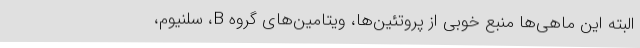
البته این ماهی‌ها منبع خوبی از پروتئین‌ها، ویتامین‌های گروه B، سلنیوم،